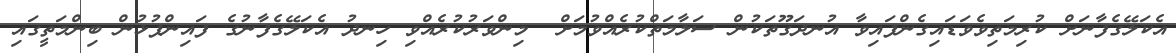
އެކަލޭގެފާނަށް ކުރިމަތިވެވަޑައިގެންފައިވާ އުނދަގޫތަކުން ސަލާމަތްކުރެއްވުމަށް  މިންވަރުކުރެއްވި ހިނދު އެކަލޭގެފާނުގެ ފައިންޕުޅުން ބިންމަތީގައި